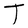
Character: T